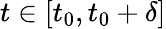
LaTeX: t\in[t_{0},t_{0}+\delta]